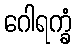
ဂေါရက္ခံ